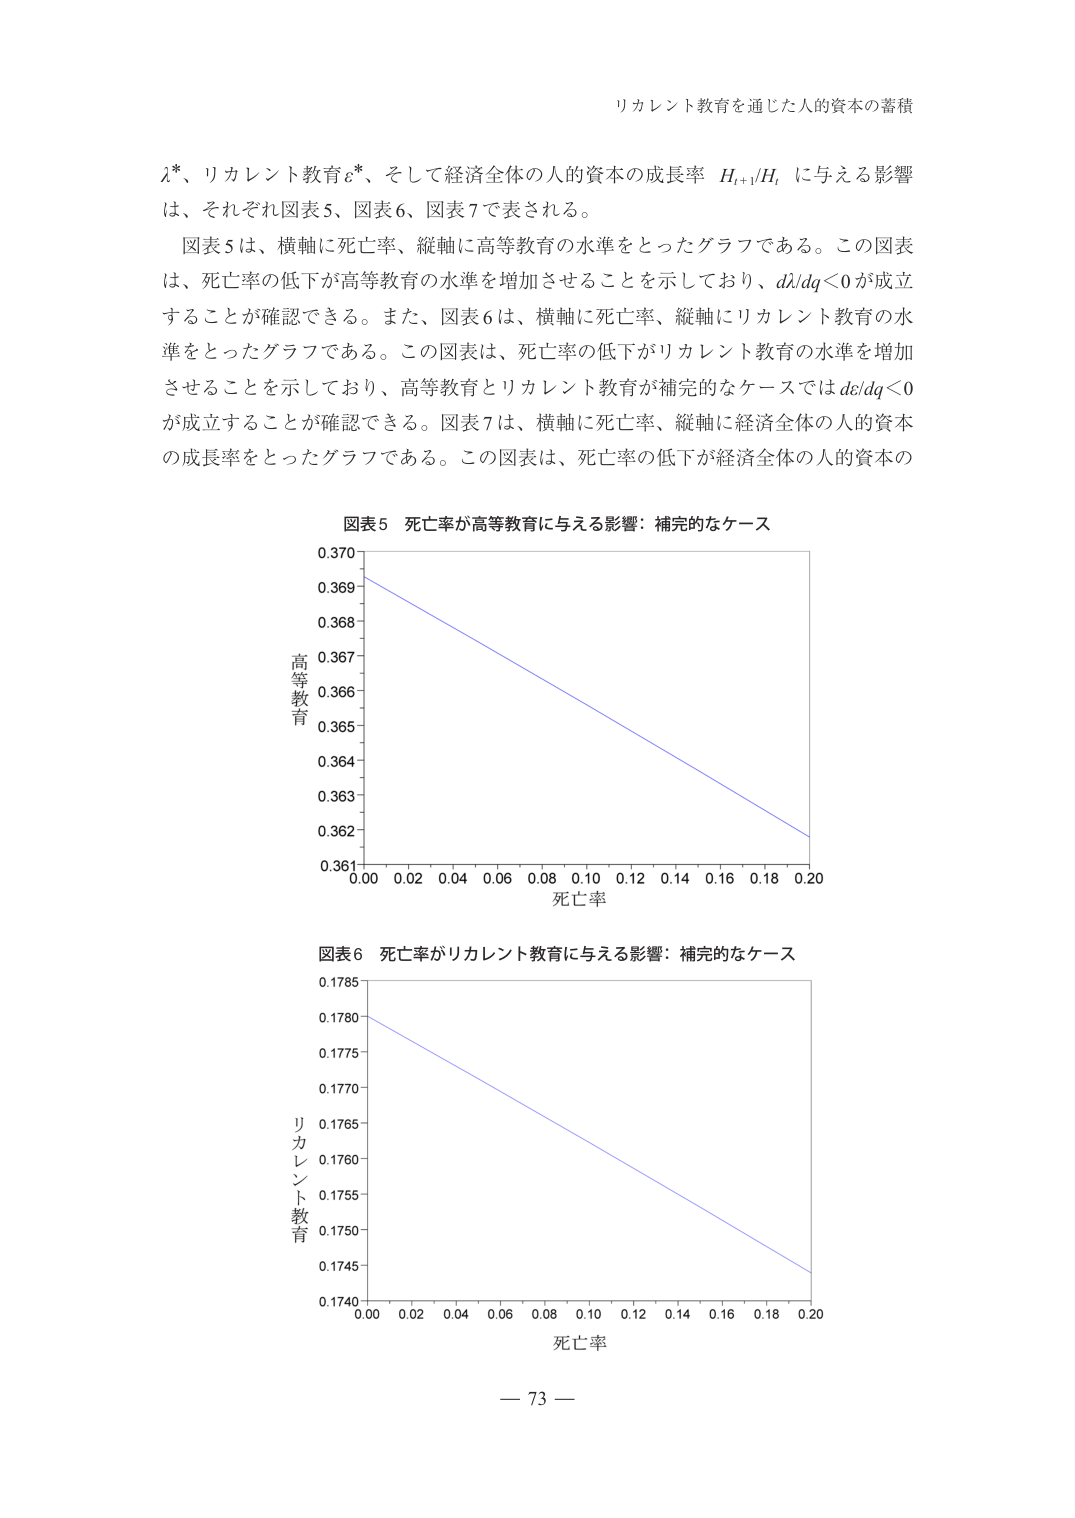
リカレント教育を通じた人的資本の蓄積

λ*、リカレント教育ε*、そして経済全体の人的資本の成長率 H_{t+1}/H_t に与える影響は、それぞれ図表5、図表6、図表7で表される。

図表5は、横軸に死亡率、縦軸に高等教育の水準をとったグラフである。この図表は、死亡率の低下が高等教育の水準を増加させることを示しており、dλ/dq<0が成立することが確認できる。また、図表6は、横軸に死亡率、縦軸にリカレント教育の水準をとったグラフである。この図表は、死亡率の低下がリカレント教育の水準を増加させることを示しており、高等教育とリカレント教育が補完的なケースでは dε/dq<0 が成立することが確認できる。図表7は、横軸に死亡率、縦軸に経済全体の人的資本の成長率をとったグラフである。この図表は、死亡率の低下が経済全体の人的資本の

図表5 死亡率が高等教育に与える影響：補完的なケース

0.370
0.369
0.368
0.367
0.366
0.365
0.364
0.363
0.362
0.361
0.00 0.02 0.04 0.06 0.08 0.10 0.12 0.14 0.16 0.18 0.20
死亡率
高等教育

図表6 死亡率がリカレント教育に与える影響：補完的なケース

0.1785
0.1780
0.1775
0.1770
0.1765
0.1760
0.1755
0.1750
0.1745
0.1740
0.00 0.02 0.04 0.06 0.08 0.10 0.12 0.14 0.16 0.18 0.20
死亡率
リカレント教育

— 73 —